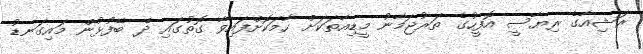
ރަޝިއާގެ ރިޔާސީ އޮފީހުގެ ތަރުޖަމާނު މީޑިއާތަކަށް ހާމަކޮށްފައިވާ ގޮތުގައި ދެ ބޭފުޅުން މައިގަނޑު